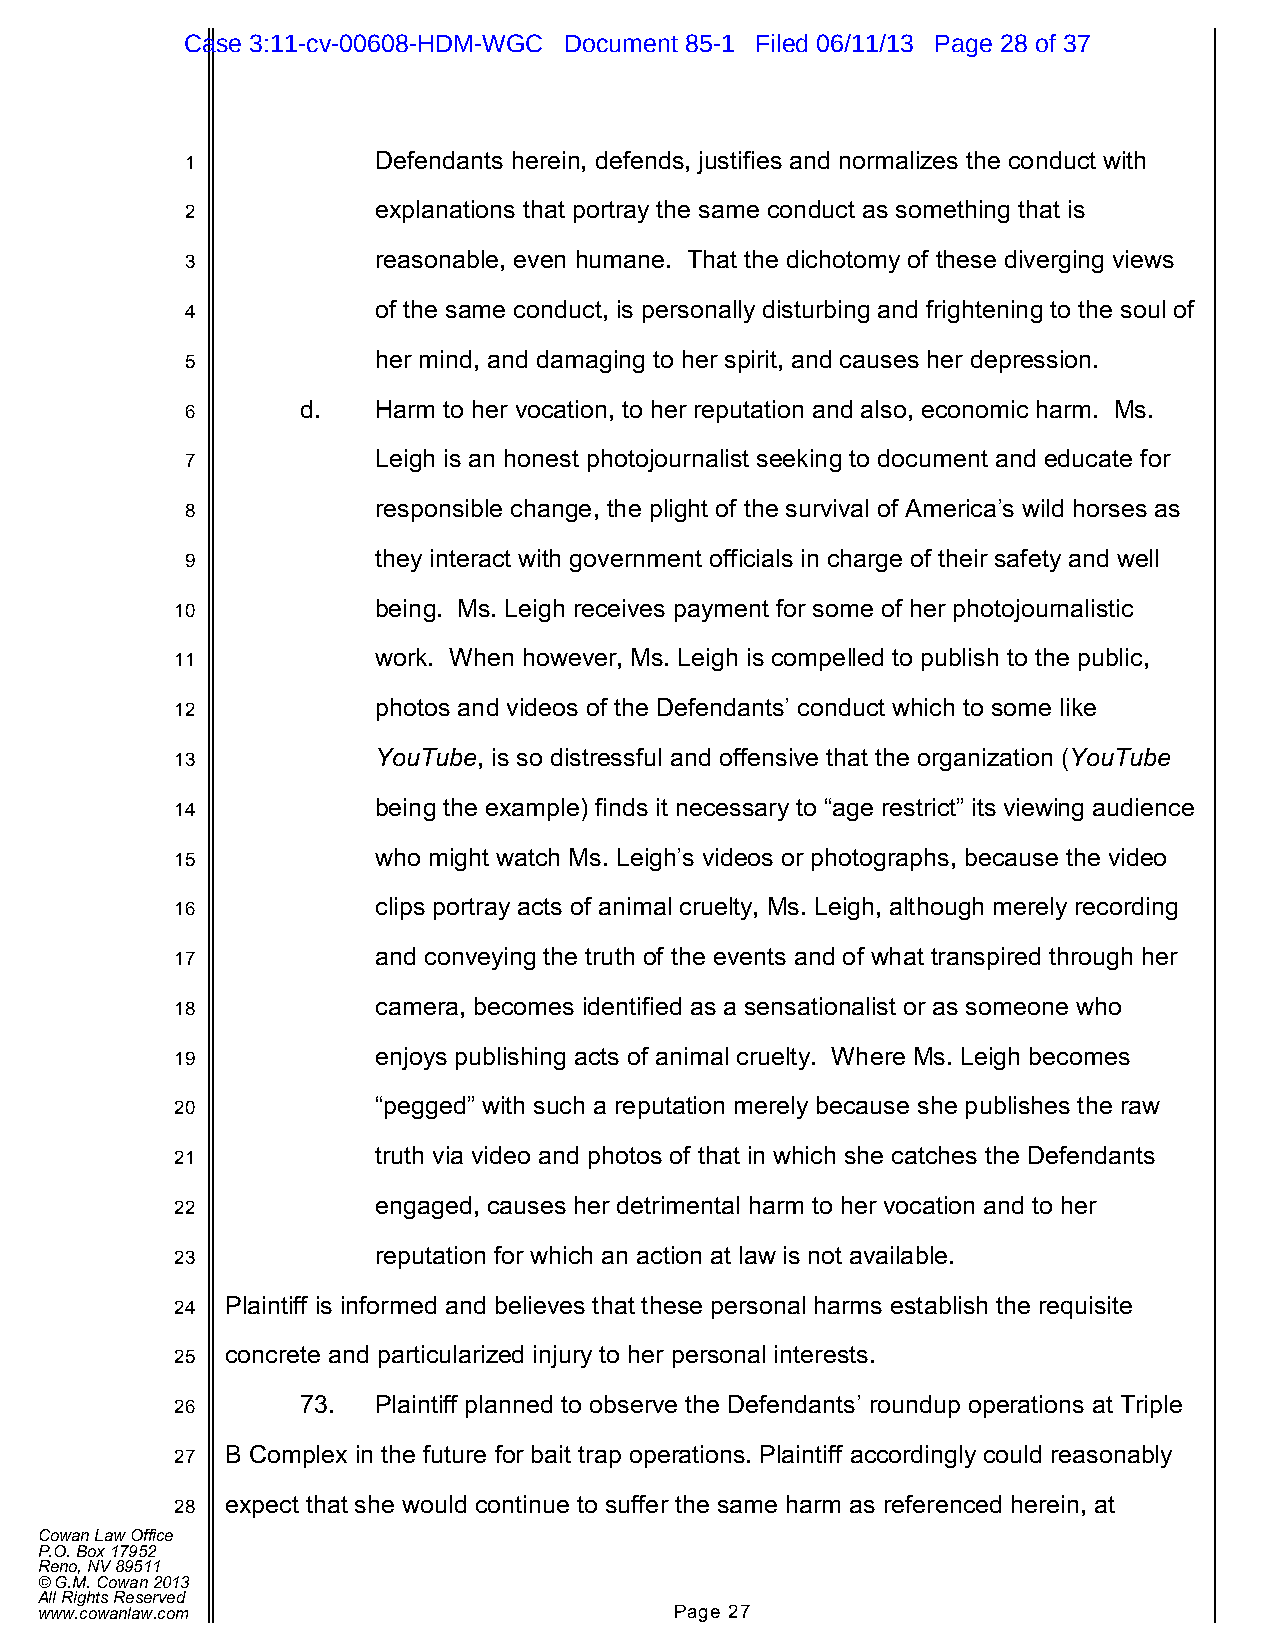
Case 3:11-cv-00608-HDM-WGC Document 85-1 Filed 06/11/13 Page 28 of 37
 1            Defendants herein, defends, justifies and normalizes the conduct with
 2            explanations that portray the same conduct as something that is
 3            reasonable, even humane. That the dichotomy of these diverging views
 4            of the same conduct, is personally disturbing and frightening to the soul of
 5            her mind, and damaging to her spirit, and causes her depression.
 6       d.   Harm to her vocation, to her reputation and also, economic harm. Ms.
 7            Leigh is an honest photojournalist seeking to document and educate for
 8            responsible change, the plight of the survival of America’s wild horses as
 9            they interact with government officials in charge of their safety and well
 10           being. Ms. Leigh receives payment for some of her photojournalistic
 11           work. When however, Ms. Leigh is compelled to publish to the public,
 12           photos and videos of the Defendants’ conduct which to some like
 13           YouTube, is so distressful and offensive that the organization (YouTube
 14           being the example) finds it necessary to “age restrict” its viewing audience
 15           who might watch Ms. Leigh’s videos or photographs, because the video
 16           clips portray acts of animal cruelty, Ms. Leigh, although merely recording
 17           and conveying the truth of the events and of what transpired through her
 18           camera, becomes identified as a sensationalist or as someone who
 19           enjoys publishing acts of animal cruelty. Where Ms. Leigh becomes
 20           “pegged” with such a reputation merely because she publishes the raw
 21           truth via video and photos of that in which she catches the Defendants
 22           engaged, causes her detrimental harm to her vocation and to her
 23           reputation for which an action at law is not available.
 24 Plaintiff is informed and believes that these personal harms establish the requisite
 25 concrete and particularized injury to her personal interests.
 26      73.  Plaintiff planned to observe the Defendants’ roundup operations at Triple
 27 B Complex in the future for bait trap operations. Plaintiff accordingly could reasonably
 28 expect that she would continue to suffer the same harm as referenced herein, at
 Cowan Law Office
 P.O. Box 17952
 Reno, NV 89511
 © G.M. Cowan 2013
 All Rights Reserved
 www.cowanlaw.com                           Page 27